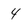
Character: 4